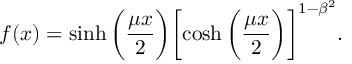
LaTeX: f ( x ) = \sinh { \biggl ( \frac { \mu x } { 2 } \biggr ) } \biggl [ \cosh { \biggl ( \frac { \mu x } { 2 } \biggr ) } \biggr ] ^ { 1 - \beta ^ { 2 } } .